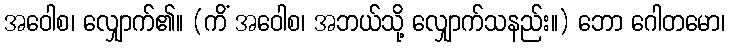
အဝေါစ၊ လျှောက်၏။ (ကိံ အဝေါစ၊ အဘယ်သို့ လျှောက်သနည်း။) ဘော ဂေါတမော၊